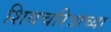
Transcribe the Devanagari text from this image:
शिवचरित्राच्या